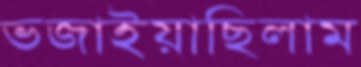
ভজাইয়াছিলাম